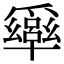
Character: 𠧎